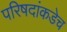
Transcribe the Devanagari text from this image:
परिषदांकडेच